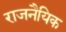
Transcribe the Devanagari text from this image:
राजनैयिक